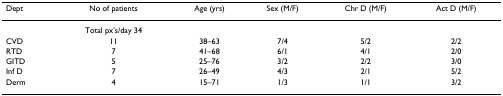
<table><thead><tr><td><b>Dept</b></td><td><b>No of patients</b></td><td><b>Age (yrs)</b></td><td><b>Sex (M/F)</b></td><td><b>Chr D (M/F)</b></td><td><b>Act D (M/F)</b></td></tr></thead><tbody><tr><td></td><td>Total px&#x27;s/day 34</td><td></td><td></td><td></td><td></td></tr><tr><td>CVD</td><td>11</td><td>38–63</td><td>7/4</td><td>5/2</td><td>2/2</td></tr><tr><td>RTD</td><td>7</td><td>41–68</td><td>6/1</td><td>4/1</td><td>2/0</td></tr><tr><td>GITD</td><td>5</td><td>25–76</td><td>3/2</td><td>2/2</td><td>3/0</td></tr><tr><td>Inf D</td><td>7</td><td>26–49</td><td>4/3</td><td>2/1</td><td>5/2</td></tr><tr><td>Derm</td><td>4</td><td>15–71</td><td>1/3</td><td>1/1</td><td>3/2</td></tr></tbody></table>